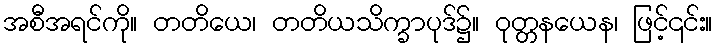
အစီအရင်ကို။ တတိယေ၊ တတိယသိက္ခာပုဒ်၌။ ဝုတ္တနယေန၊ ဖြင့်၎င်း။